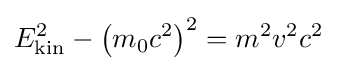
E_{\rm {kin}}^{2}-\left(m_{0}c^{2}\right)^{2}=m^{2}v^{2}c^{2}